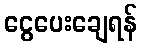
ငွေပေးချေရန်